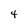
Character: 4